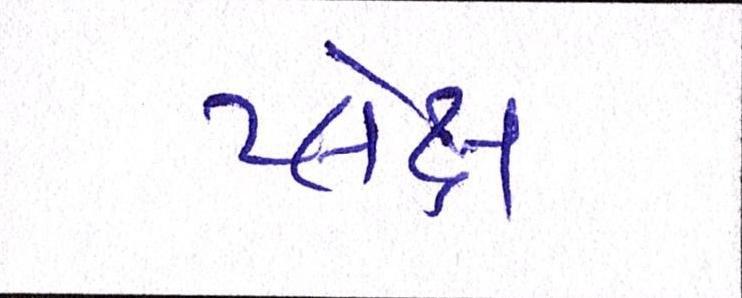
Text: પ્લેક્ષ